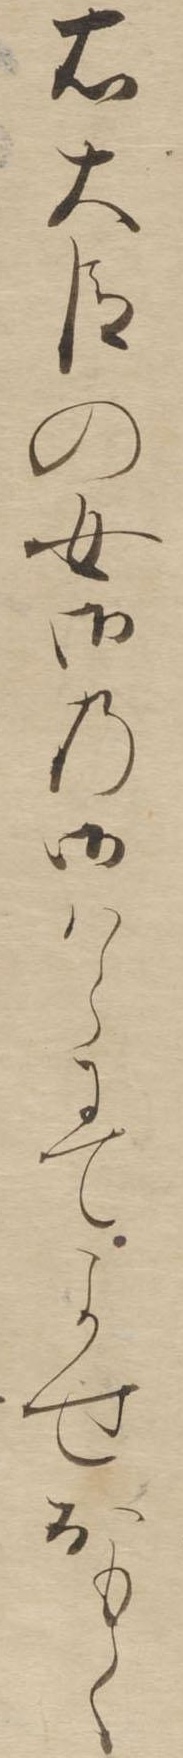
右大臣の女御の御はらにてよせおもく